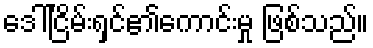
ဒေါ်ငြိမ်းရှင်၏ကောင်းမှု ဖြစ်သည်။